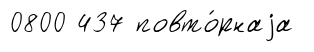
0800 437 повто́рнаjа